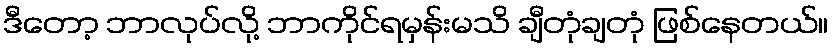
ဒီတော့ ဘာလုပ်လို့ ဘာကိုင်ရမှန်းမသိ ချီတုံချတုံ ဖြစ်နေတယ်။